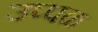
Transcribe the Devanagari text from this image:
उप्पळ